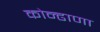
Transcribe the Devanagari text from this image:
कोन्ढाणा